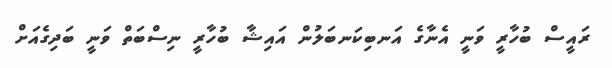
ރައީސް ބުހާރީ ވަނީ އެނާގެ އަނބިކަނބަލުން އައިޝާ ބުހާރީ ނިސްބަތް ވަނީ ބަދިގެއަށް